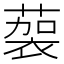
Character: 𱾚